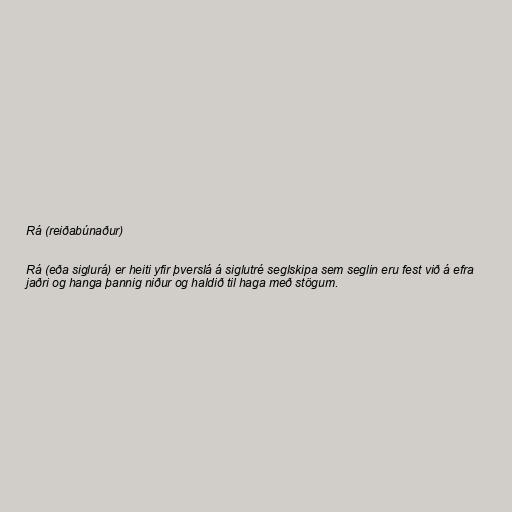
Rá (reiðabúnaður)

Rá (eða siglurá) er heiti yfir þverslá á siglutré seglskipa sem seglin eru fest við á efra
jaðri og hanga þannig niður og haldið til haga með stögum.